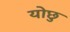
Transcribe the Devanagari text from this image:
योछु